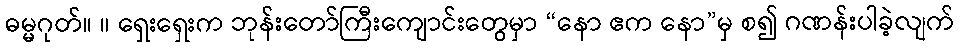
ဓမ္မဂုတ်။ ။ ရှေးရှေးက ဘုန်းတော်ကြီးကျောင်းတွေမှာ “နော ဧက နော”မှ စ၍ ဂဏန်းပါခဲ့လျက်